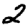
Digit: 2